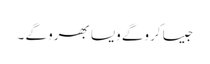
جیسا کروگے ویسا بھرو گے ۔